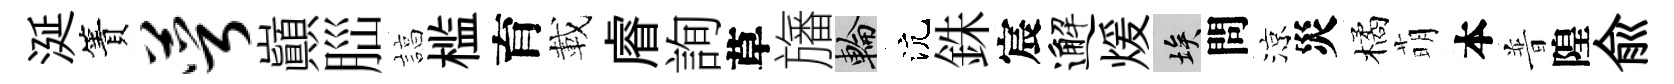
涎簀萼巔𦛁諄槛育載𥈠詢草旛輪沆銖宸邂煖埃問涼災橘萌本普隍兪